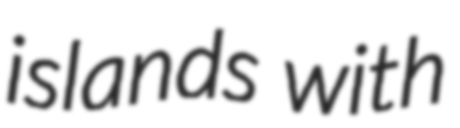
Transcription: islands with